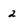
Character: 2